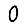
Digit: 0